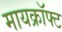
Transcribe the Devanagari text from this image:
मायक्राॅफ्ट